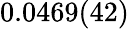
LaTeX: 0.0469(42)